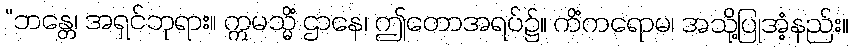
“ဘန္တေ၊ အရှင်ဘုရား။ ဣမသ္မိံ ဌာနေ၊ ဤတောအရပ်၌။ ကိံကရောမ၊ အသို့ပြုအံ့နည်း။